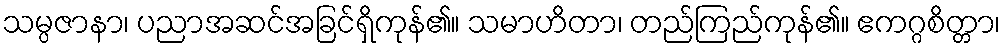
သမ္ပဇာနာ၊ ပညာအဆင်အခြင်ရှိကုန်၏။ သမာဟိတာ၊ တည်ကြည်ကုန်၏။ ဧကဂ္ဂစိတ္တာ၊